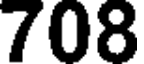
708